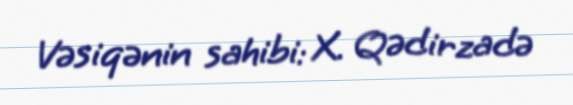
Vəsiqənin sahibi: X. Qədirzadə